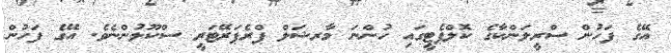
އޭގެ ފަހުން ސްރީލަންކާގެ ކޮލްޕެޓީގައި ހުންނަ މާރޝަލް ޕްރެޕަރޭޓަރީ ސްކޫލުންނެވެ. އޭގެ ފަހުން